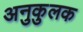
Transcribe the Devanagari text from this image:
अनुकुलक